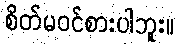
စိတ်မဝင်စားပါဘူး။